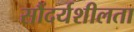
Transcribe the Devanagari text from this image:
सौंदर्यशीलता